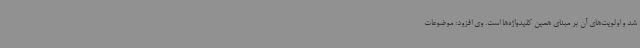
شد و اولویت‌های آن بر مبنای همین کلیدواژه‌ها است. وی افزود: موضوعات